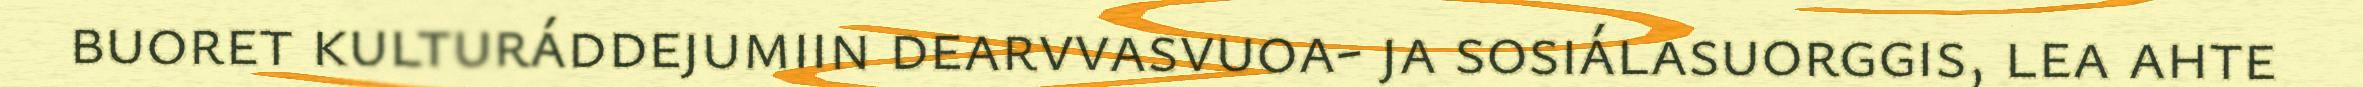
buoret kulturáddejumiin dearvvasvuoa- ja sosiálasuorggis, lea ahte